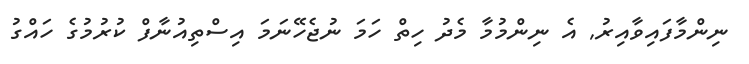
ނިންމާފައިވާއިރު